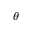
\theta